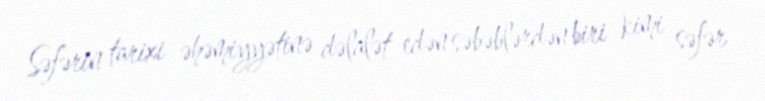
Səfərin tarixi əhəmiyyətinə dəlalət edən səbəblərdən biri kimi səfər